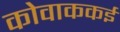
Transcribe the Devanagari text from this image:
कोवाककई